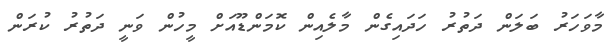
މާވަހަރު ބަލަން ދަތުރު ހަދައިގެން މާލެއިން ކޮމަންޑޫއަށް މީހުން ވަނީ ދަތުރު ކުރަން